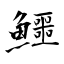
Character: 鱷